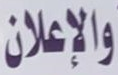
والاعلان